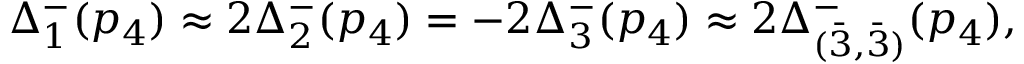
\Delta _ { 1 } ^ { - } ( p _ { 4 } ) \approx 2 \Delta _ { 2 } ^ { - } ( p _ { 4 } ) = - 2 \Delta _ { 3 } ^ { - } ( p _ { 4 } ) \approx 2 \Delta _ { ( \bar { 3 } , \bar { 3 } ) } ^ { - } ( p _ { 4 } ) ,